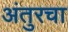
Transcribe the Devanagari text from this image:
अंतुरचा